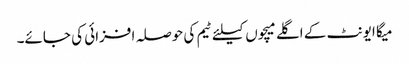
میگا ایونٹ کے اگلے میچوں کیلئے ٹیم کی حوصلہ افزائی کی جائے۔